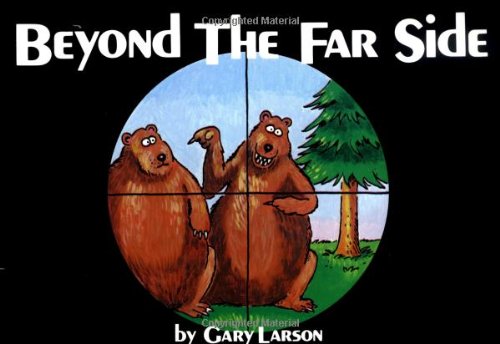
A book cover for Beyond The Far Side; Gary Larson; History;